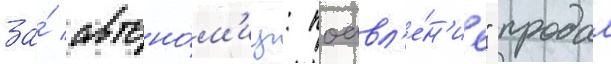
за́ автоно́м'иу: поавл'е́н'ие" продал